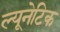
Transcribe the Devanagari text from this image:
ल्यूनेटिक